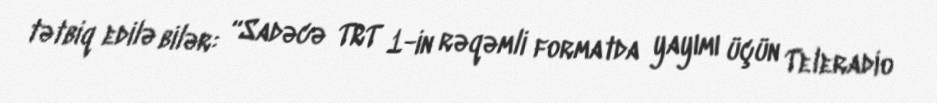
tətbiq edilə bilər: “Sadəcə TRT 1-in rəqəmli formatda yayımı üçün Teleradio